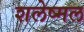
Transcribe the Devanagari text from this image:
शलेष्मल